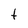
Character: t